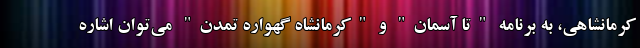
کرمانشاهی، به برنامه "تا آسمان" و "کرمانشاه گهواره تمدن" می‌توان اشاره